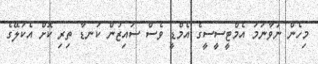
މިހެން ނުވާނަމަ އެމްޓީސީސީގެ އެމްޑީ ވެސް ސައިޒުން ކަނޑާ ތިރި ކޮށް އެކަލޭގެ